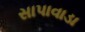
સાપાવાડા